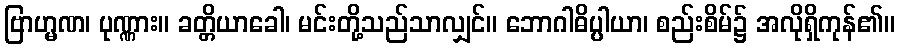
ဗြာဟ္မဏ၊ ပုဏ္ဏား။ ခတ္တိယာခေါ၊ မင်းတို့သည်သာလျှင်။ ဘောဂါဓိပ္ပါယာ၊ စည်းစိမ်၌ အလိုရှိကုန်၏။